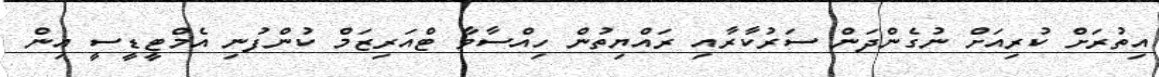
އިތުރަށް ކުރިއަށް ނުގެންދަން ސަރުކާރާއި ރައްޔިތުން ހިއްސާވާ ޓްއަރިޒަމް ކުންފުނި އެމްޓީޑީސީ އިން